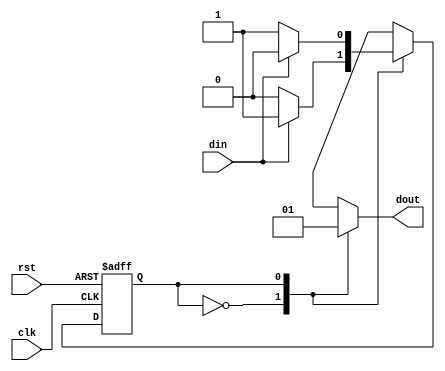
module moore_machine(
    input clk,rst,din,
    output reg dout
    );
    
parameter state0 = 0;
parameter state1 = 1;

reg state, next_state;

//Reset Logic - Sequential Logic (use of clock)

always@(posedge clk or posedge rst)
begin
if(rst)
state <= state0;
else
state = next_state;
end

//Next State decode - Combinationl Logic (No clock)

always@(state or din)
begin
case(state)

state0: begin
if(din)
next_state = state1;
else
next_state = state0;
end

state1: begin
if(din)
next_state = state0;
else
next_state = state1;
end
endcase
end
//Output Decode Logic
always@(state)   //Moore only depends on current state
begin
case(state)
state0: dout = 1'b0;
state1: dout = 1'b1;
endcase
end
endmodule